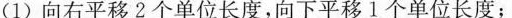
(1)向右平移2个单位长度，向下平移1个单位长度；